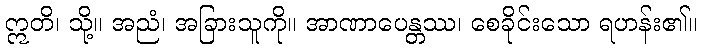
ဣတိ၊ သို့။ အညံ၊ အခြားသူကို။ အာဏာပေန္တဿ၊ စေခိုင်းသော ရဟန်း၏။